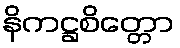
နိကဋ္ဌစိတ္တော